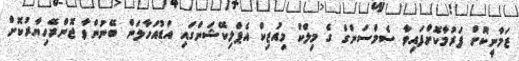
ޒަމާނީކޮށް ފަރުމާކޮށްފައިވާ ސެމްސަންގް ގެ މިލްކް މިއުޒިކް އެޕްލިކޭޝަންގައި އަޑުއަހާލަން ބޭނުންވާ ޖޮންރޭހިޔާރުކޮށް